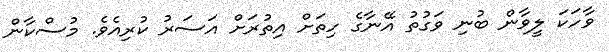
ވާހަކަ ލީވާން ބުނި ވަގުތު އޭނާގެ ހިތަށް އިތުރަށް އަސަރު ކުރިއެވެ. މުސްކާން